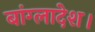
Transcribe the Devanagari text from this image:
बांग्‍लादेश।